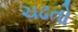
ચઢતો